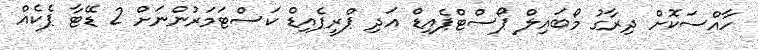
ހާއްސަކޮށް ދިރާގު މޯބައިލް ޕޯސްޓްޕެއިޑް އަދި ޕްރީޕެއިޑް ކަސްޓަމަރުންނަށް 2 ޑޭޓާ ޕެކެއް